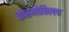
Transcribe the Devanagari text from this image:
कोस्मोफिल्ला